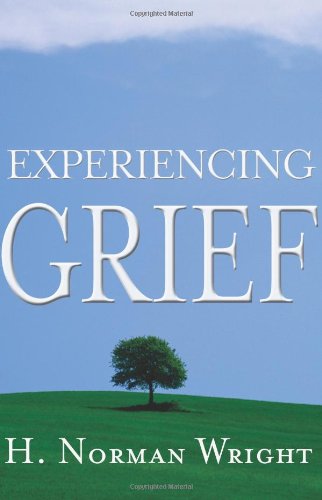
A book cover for Experiencing Grief; H.  Norman Wright; Self-Help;